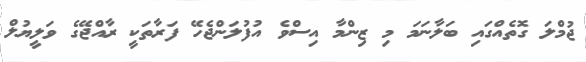
ޖުމްލަ ގޮތެއްގައި ބަލާނަމަ މި ޒިންމާ އިސްވެ އުފުލަންޖެހޭ ފަރާތަކީ ރާއްޖޭގެ ވަލީޔުލް